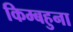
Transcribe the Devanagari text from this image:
किम्बहुना